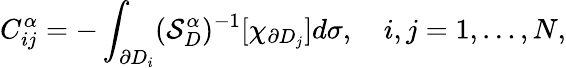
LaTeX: C_{ij}^{\alpha}=-\int_{\partial D_{i}}(\mathcal{S}_{D}^{\alpha})^{-1}[\chi_{\partial D_{j}}]d\sigma,\quad i,j=1,\ldots,N,